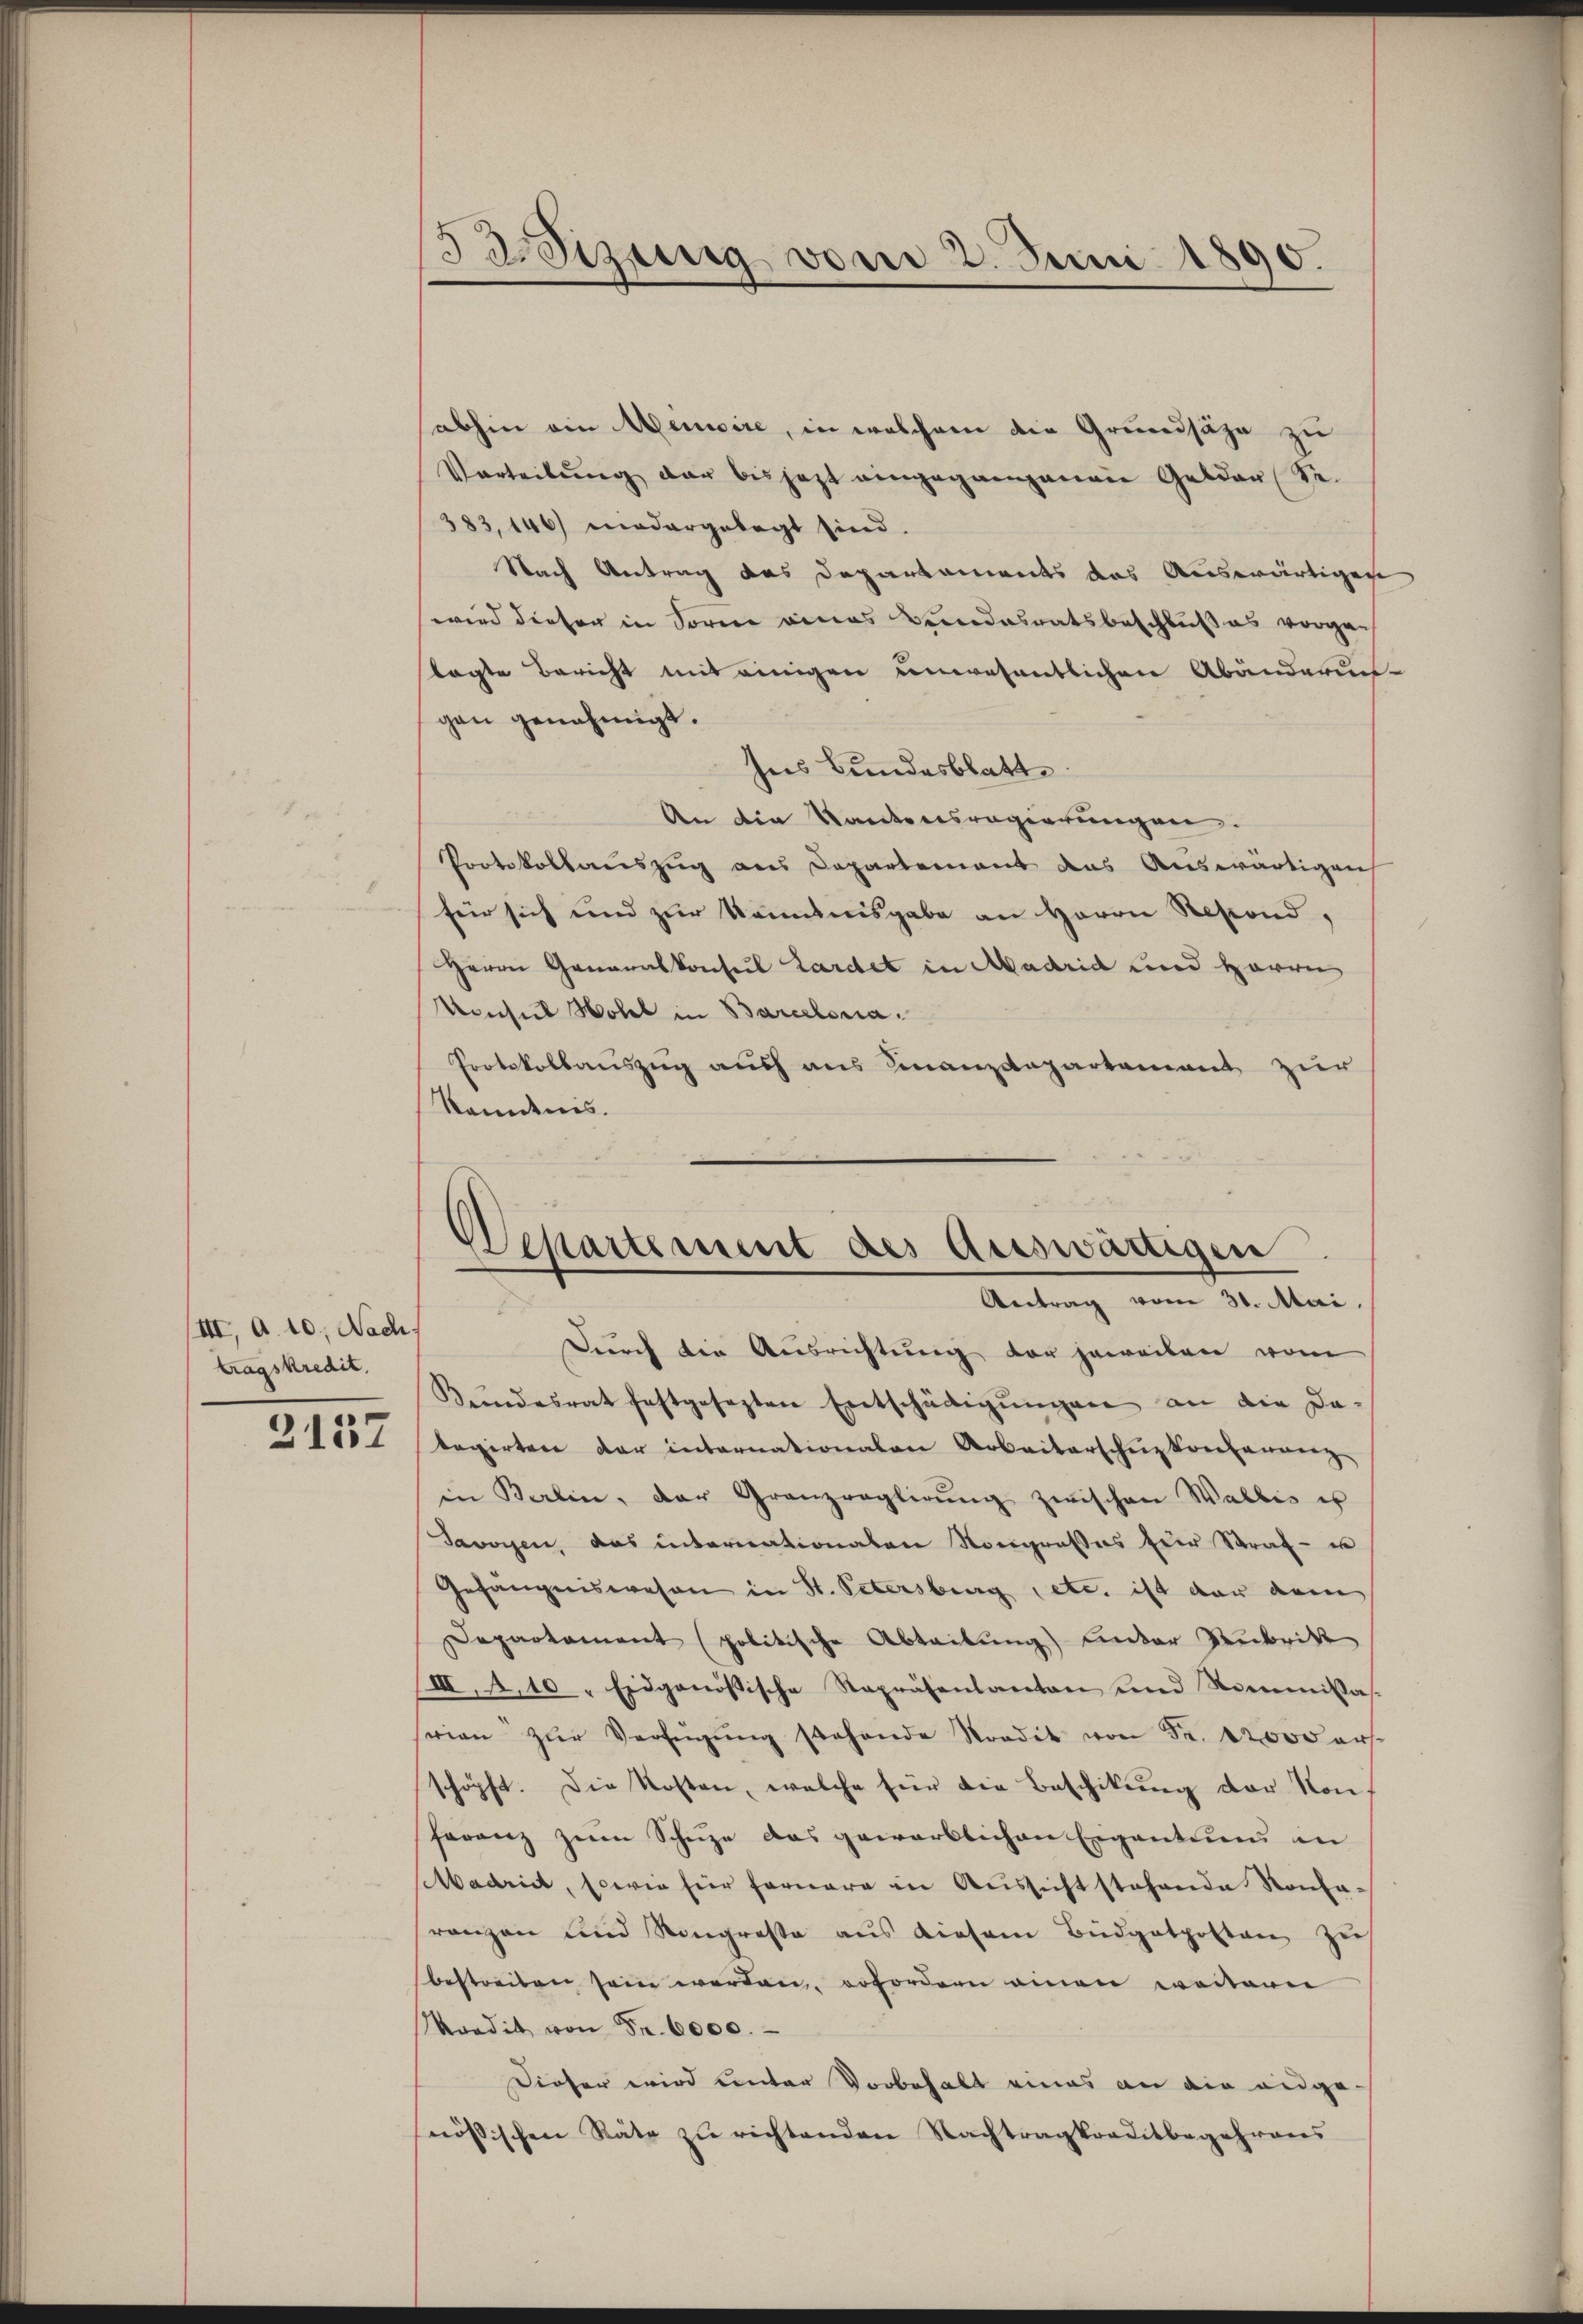
III, a. 10. Nach
tragskredit.
2157

Besizung vom 2. Juni 1890.

sabhin ein Memoire, in welchem die Grundsätze zu
Vorteilŭng der bis jezt eingegangenen Gelder Se-
383, 146) wiedergelegt sind.
Nach Antrag das Departaments das Auswärtigene
wird dieser in Form eines Verdasratsbeschluß es vorgelagte Bericht mit einigen unwesentlichen Abänderun-
gen genehmigt.
hus Bundesblatt
An die Kantonsregierungen.
Protokollauszug aus Departement das Auswärtigen
für sich und zur kanntnisgabe an Herrn Resond.
Herrn Generalkonsul Lardet in Madrid und Herrn
Konsul Wohl in Barcelona.
Protokollauszug aus aus Finanzdepartement zur
Ramdnis.
—
Durch die Ausrichtung der jeweilen vom
Kŭndesrat festgesezten Entschädigŭngen an die da-
legirten der internationalen Arbeiterscheiztversammeng
in Berlin, der Granzroglirŭng zwischen Wallis us
Savoyen, das internationaten Nongresses hier Straf- u
Gefängniswesen in St. Petersburg etc. ist der dem
Departament politische Abteilung) unter Rubrik
(III, 110 " Eidgenößische Repräsentanton und Kommissasseien zŭr Verfügŭng stehende Stordit von Fr. 12000 ers
schöpft. Die Kosten, welche für die Beschikung der Konferanz zum Schuze das gewerblichen Eigentums in
Madriet, sowie für fernere in Aussicht stehende Sonta-
ranzen und Ringresse aus diesem Büdgetposten zieh
bestreiten sein werden, erfordern einen weiterei
Kredit von Fr. 6000.
Dieser wird unter Vorbehalt eines an die ange-
nössischen Räte zŭ richtenden Nachtragkraditbegehreres

Departement des Auswärtigen
Antrag vom 31. Mai.